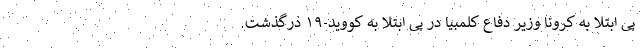
پی ابتلا به کرونا وزیر دفاع کلمبیا در پی ابتلا به کووید-۱۹ درگذشت.